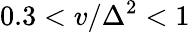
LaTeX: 0.3<v/\Delta^{2}<1